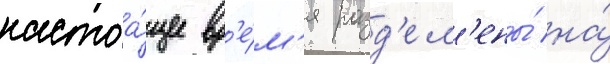
настоа́щее вр'е́м'я разд'ел'ены́ на́